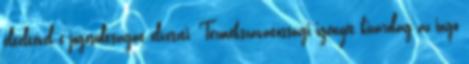
elteltével e jogosultságát elveszti. Termékszavatossági igényét kizárólag az ingó